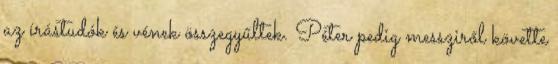
az írástudók és vének összegyűltek. Péter pedig messziről követte